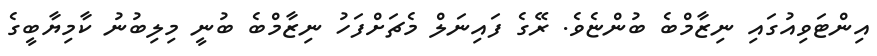
އިންޓަވިއުގައި ނިޒާމްބެ ބުންޏެވެ. ރޭގެ ފައިނަލް މެޗަށްފަހު ނިޒާމްބެ ބުނީ މިލިބުނު ކާމިޔާބީގެ